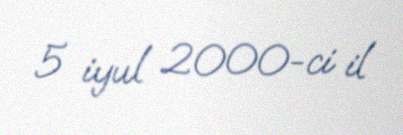
5 iyul 2000-ci il